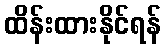
ထိန်းထားနိုင်ရန်